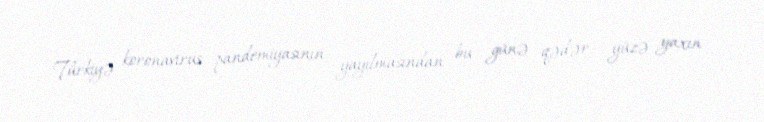
Türkiyə koronavirus pandemiyasının yayılmasından bu günə qədər yüzə yaxın